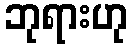
ဘုရားဟု